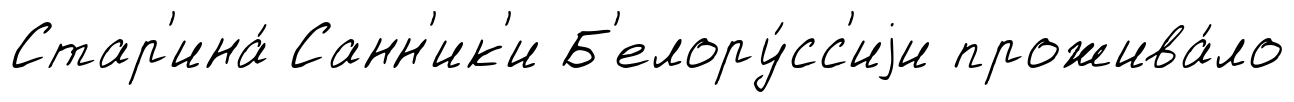
Стар'ина́ Санн'ик'и Б'елору́сс'иjи прожива́ло